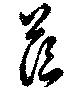
茫